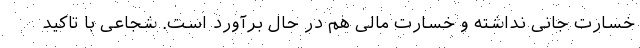
خسارت جانی نداشته و خسارت مالی هم در حال برآورد است. شجاعی با تاکید